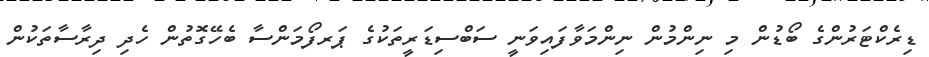
ޑިރެކްޓަރުންގެ ބޯޑުން މި ނިންމުން ނިންމަވާފައިވަނީ ސަބްސިޑަރީތަކުގެ ޕަރފޯމަންސާ ބެހޭގޮތުން ހެދި ދިރާސާތަކުން